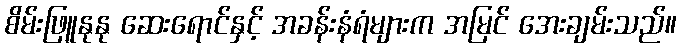
စိမ်းဖြူနုနု ဆေးရောင်နှင့် အခန်းနံရံများက အမြင် အေးချမ်းသည်။